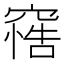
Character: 𥧦